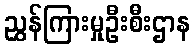
ညွှန်ကြားမှုဦးစီးဌာန